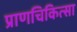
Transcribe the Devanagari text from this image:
प्राणचिकित्सा